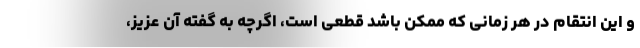
و این انتقام در هر زمانی که ممکن باشد قطعی است، اگرچه به گفته آن عزیز،